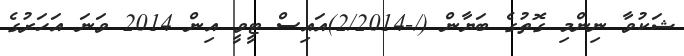
ޝަކުވާ ނިންމި ގޮތުގެ ބަޔާން (/-2/2014)އައިސް ޓީވީ އިން 2014 ވަނަ އަހަރުގެ